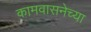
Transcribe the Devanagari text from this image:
कामवासनेच्या